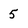
Character: 5